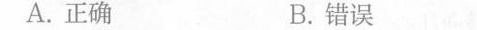
A.正确B.错误